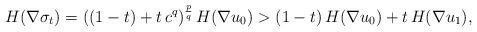
LaTeX: \begin{align*}H(\nabla \sigma_t)=((1-t)+t\, c^q)^\frac{p}{q}\, H(\nabla u_0)>(1-t)\, H(\nabla u_0)+t\, H(\nabla u_1),\end{align*}